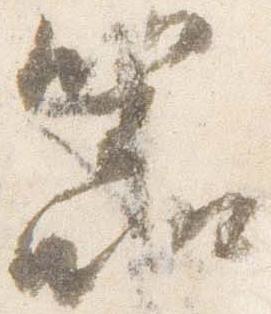
器